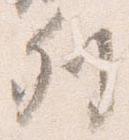
列